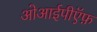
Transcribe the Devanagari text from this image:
ओआईपीऍफ़